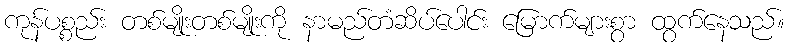
ကုန်ပစ္စည်း တစ်မျိုးတစ်မျိုးကို နာမည်တံဆိပ်ပေါင်း မြောက်များစွာ ထွက်နေသည်။